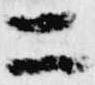
二